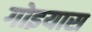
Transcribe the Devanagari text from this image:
गोइयास